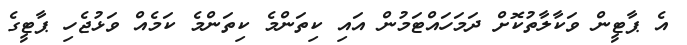
އެ ޕާޓީން ވަކާލާތުކޮށް ދަމަހައްޓަމުން އައި ކިތަންމެ ކިތަންމެ ކަމެއް ވަޅުޖެހި ޕާޓީގެ